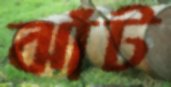
ঝাঁট